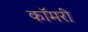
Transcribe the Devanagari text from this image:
कॉमरी